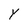
Character: y